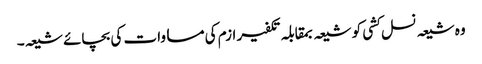
وہ شیعہ نسل کشی کو شیعہ بمقابلہ تکفیر ازم کی مساوات کی بچائے شیعہ۔